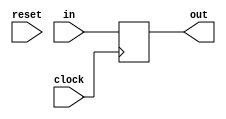
module Register_32bit(
    input clock,
    input reset,
    input [31:0] in,
    output reg [31:0] out
);

always @(posedge clock) begin
   begin
        out <= in;
    end
     end
 endmodule